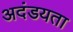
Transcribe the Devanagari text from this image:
अदंडयता